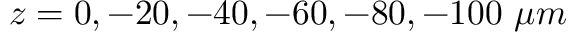
z = 0 , - 2 0 , - 4 0 , - 6 0 , - 8 0 , - 1 0 0 \ \mu m